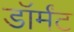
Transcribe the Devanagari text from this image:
डॉर्मंट